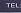
tel